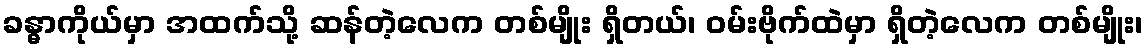
ခန္ဓာကိုယ်မှာ အထက်သို့ ဆန်တဲ့လေက တစ်မျိုး ရှိတယ်၊ ဝမ်းဗိုက်ထဲမှာ ရှိတဲ့လေက တစ်မျိုး၊